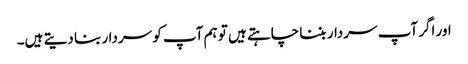
اور اگر آپ سردار بننا چاہتے ہیں تو ہم آپ کو سردار بنا دیتے ہیں۔